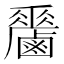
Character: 𪊁